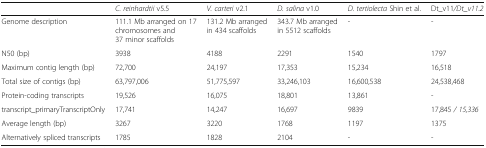
<table><thead><tr><td>[EMPTY_CELL]</td><td><b><i>C. reinhardtii</i> v5.5</b></td><td><b><i>V. carteri</i> v2.1</b></td><td><b><i>D. salina</i> v1.0</b></td><td><b><i>D. tertiolecta</i> Shin et al.</b></td><td><b>Dt_v11<i>/Dt_v11.2</i></b></td></tr></thead><tbody><tr><td>Genome description</td><td>111.1 Mb arranged on 17 chromosomes and 37 minor scaffolds</td><td>131.2 Mb arranged in 434 scaffolds</td><td>343.7 Mb arranged in 5512 scaffolds</td><td>-</td><td>-</td></tr><tr><td>N50 (bp)</td><td>3938</td><td>4188</td><td>2291</td><td>1540</td><td>1797</td></tr><tr><td>Maximum contig length (bp)</td><td>72,700</td><td>24,197</td><td>17,353</td><td>15,234</td><td>16,518</td></tr><tr><td>Total size of contigs (bp)</td><td>63,797,006</td><td>51,775,597</td><td>33,246,103</td><td>16,600,538</td><td>24,538,468</td></tr><tr><td>Protein-coding transcripts</td><td>19,526</td><td>16,075</td><td>18,801</td><td>13,861</td><td>-</td></tr><tr><td>transcript_primaryTranscriptOnly</td><td>17,741</td><td>14,247</td><td>16,697</td><td>9839</td><td>17,845 <i>/ 15,336</i></td></tr><tr><td>Average length (bp)</td><td>3267</td><td>3220</td><td>1768</td><td>1197</td><td>1375</td></tr><tr><td>Alternatively spliced transcripts</td><td>1785</td><td>1828</td><td>2104</td><td>-</td><td>-</td></tr></tbody></table>